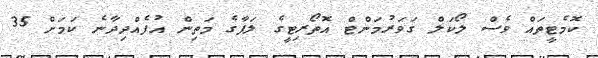
ކޮމެޓީތައް ވެސް ލޯކަލް ގަވަރުމަންޓް އޮތޯރިޓީގެ ލަފާގެ މަތިން އުފެއްދިދާނެ ކަމަށް 35